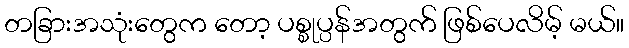
တခြားအသုံးတွေက တော့ ပစ္စုပ္ပန်အတွက် ဖြစ်ပေလိမ့် မယ်။